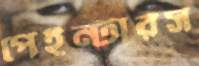
পেইন্টারস